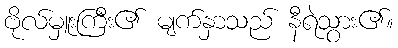
ဗိုလ်မှူးကြီး၏ မျက်နှာသည် နီရဲသွား၏။